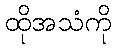
ထိုအသံကို